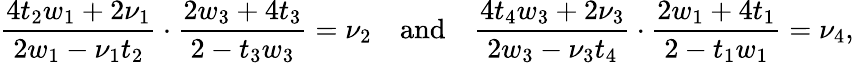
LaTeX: \frac{4t_{2}w_{1}+2\nu_{1}}{2w_{1}-\nu_{1}t_{2}}\cdot\frac{2w_{3}+4t_{3}}{2-t_{3}w_{3}}=\nu_{2}\quad\mathrm{and}\quad\frac{4t_{4}w_{3}+2\nu_{3}}{2w_{3}-\nu_{3}t_{4}}\cdot\frac{2w_{1}+4t_{1}}{2-t_{1}w_{1}}=\nu_{4},